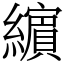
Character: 𦆯